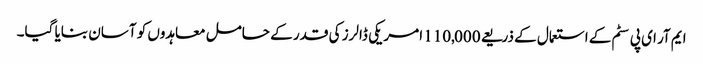
ایم آر ای پی سٹم کے استعمال کے ذریعے 110,000 امریکی ڈالرز کی قدر کے حامل معاہدوں کو آسان بنایا گیا۔